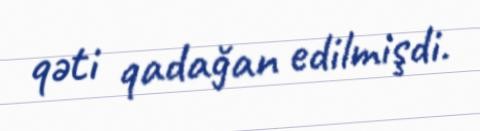
qəti qadağan edilmişdi.